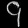
Digit: ၄